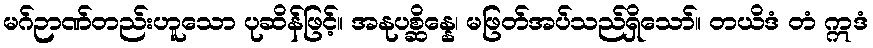
မဂ်ဉာဏ်တည်းဟူသော ပုဆိန်ဖြင့်။ အနုပစ္ဆိန္နေ၊ မဖြတ်အပ်သည်ရှိသော်။ တယိဒံ တံ ဣဒံ